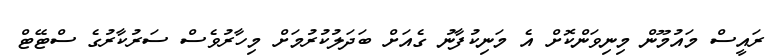
ރައީސް މައުމޫން މިނިވަންކޮށް އެ މަނިކުފާނު ގެއަށް ބަދަލުކުރުމަށް މިހާރުވެސް ސަރުކާރުގެ ސްޓޭޓް